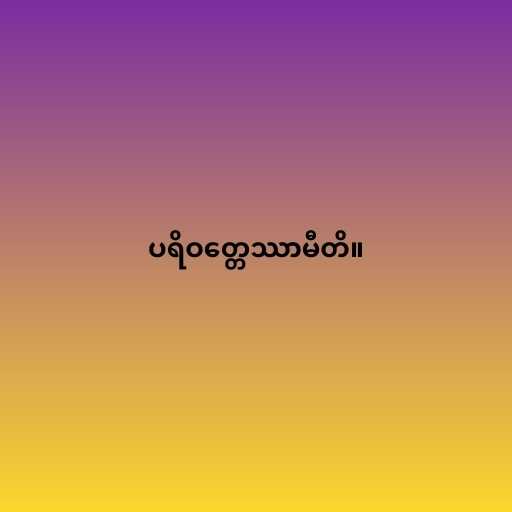
ပရိဝတ္တေဿာမီတိ။